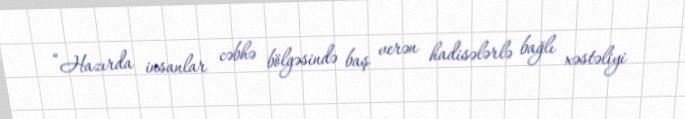
“Hazırda insanlar cəbhə bölgəsində baş verən hadisələrlə bağlı xəstəliyi